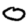
Digit: 0